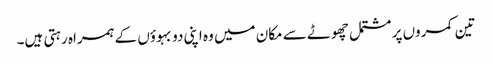
تین کمروں پر مشتمل چھوٹے سے مکان میں وہ اپنی دو بہوؤں کے ہمراہ رہتی ہیں۔